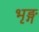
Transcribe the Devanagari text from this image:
भृङ्ग